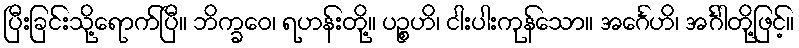
ပြီးခြင်းသို့ရောက်ပြီ။ ဘိက္ခဝေ၊ ရဟန်းတို့။ ပဉ္စဟိ၊ ငါးပါးကုန်သော။ အင်္ဂေဟိ၊ အင်္ဂါတို့ဖြင့်။